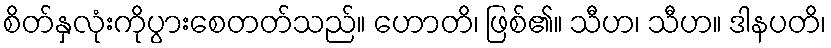
စိတ်နှလုံးကိုပွားစေတတ်သည်။ ဟောတိ၊ ဖြစ်၏။ သီဟ၊ သီဟ။ ဒါနပတိ၊